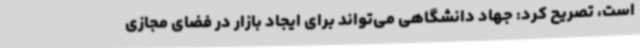
است، تصریح کرد: جهاد دانشگاهی می‌تواند برای ایجاد بازار در فضای مجازی